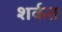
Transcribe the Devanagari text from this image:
शर्कत